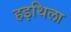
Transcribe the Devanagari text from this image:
हइथिला